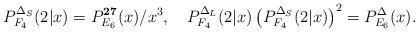
LaTeX: \begin{align*}P_{F_4}^{\Delta_S}(2|x)=P_{E_6}^{\bf 27}(x)/x^3,\quad P_{F_4}^{\Delta_L}(2|x)\left(P_{F_4}^{\Delta_S}(2|x)\right)^2= P_{E_6}^{\Delta}(x). \end{align*}